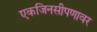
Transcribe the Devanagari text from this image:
एकजिनसीपणावर